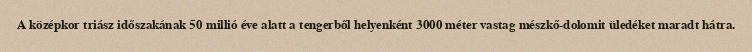
A középkor triász időszakának 50 millió éve alatt a tengerből helyenként 3000 méter vastag mészkő-dolomit üledéket maradt hátra.